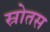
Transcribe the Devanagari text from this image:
स्रोतस